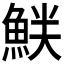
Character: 𫙝